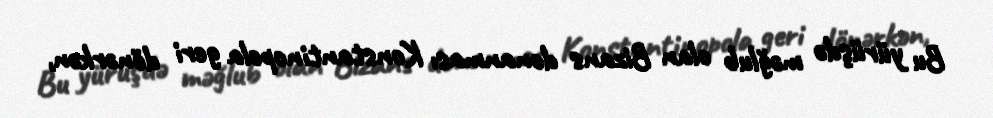
Bu yürüşdə məğlub olan Bizans donanması Konstantinopola geri dönərkən,